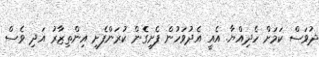
ދުވަސް ކަމަށް ހެދިއްޔާ. އެއީ އެދުވަހުން ފެށިގެން ކުރަންފެށި އިންތިޒާރު އަދި ވެސް